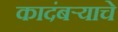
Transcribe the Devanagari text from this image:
कादंबऱ्याचे